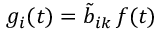
{ g } _ { i } ( t ) = \tilde { b } _ { i k } \, f ( t )